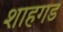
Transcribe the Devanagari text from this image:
शाहगड